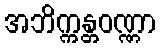
အဘိက္ကန္တဝဏ္ဏာ